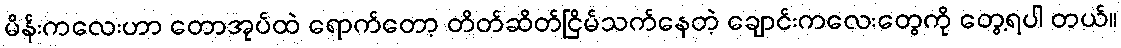
မိန်းကလေးဟာ တောအုပ်ထဲ ရောက်တော့ တိတ်ဆိတ်ငြိမ်သက်နေတဲ့ ချောင်းကလေးတွေကို တွေ့ရပါ တယ်။